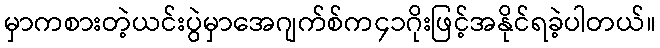
မှာကစားတဲ့ယင်းပွဲမှာအေဂျက်စ်က၄၁ဂိုးဖြင့်အနိုင်ရခဲ့ပါတယ်။